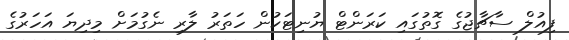
ފިއުލް ސާޗާޖުގެ ގޮތުގައި ކަރަންޓް ޔުނިޓަކުން ހަަތަރު ލާރި ނެގުމަށް މިދިޔަ އަހަރުގެ